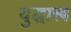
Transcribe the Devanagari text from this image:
युद्धास्त्र